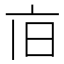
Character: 𪜢